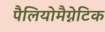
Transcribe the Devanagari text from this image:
पैलियोमैग्नेटिक